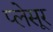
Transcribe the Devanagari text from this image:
प्लेसूर